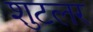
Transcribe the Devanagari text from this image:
शुटलर